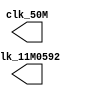
`timescale 1ps / 1ps

module clock (
    output reg clk_50M,
    output reg clk_11M0592
);

initial begin
    clk_50M = 0;
    clk_11M0592 = 0;
end

always #(90422/2) clk_11M0592 = ~clk_11M0592;
always #(20000/2) clk_50M = ~clk_50M;

endmodule